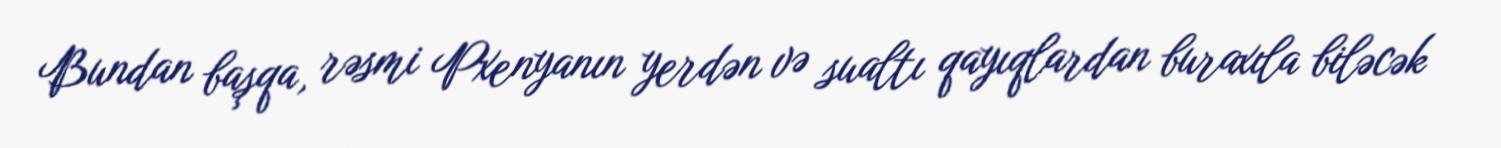
Bundan başqa, rəsmi Pxenyanın yerdən və sualtı qayıqlardan buraxıla biləcək